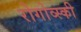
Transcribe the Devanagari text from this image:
रोगोव्स्की